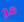
هو